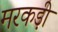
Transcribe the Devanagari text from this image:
मरकड़ी